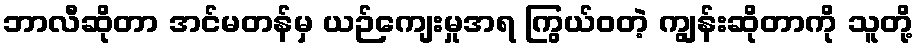
ဘာလီဆိုတာ အင်မတန်မှ ယဉ်ကျေးမှုအရ ကြွယ်ဝတဲ့ ကျွန်းဆိုတာကို သူတို့